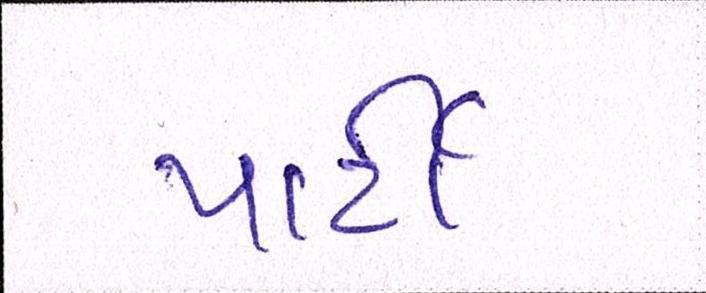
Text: પાર્ટી